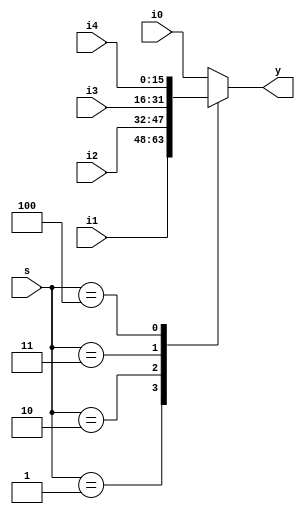
module mux16_8to1(
	input [15:0] i4, i3, i2, i1, i0,
	input [2:0] s,
	output reg [15:0] y
);

	always @(*)
	begin
	
		case (s)
			3'b001 	: y = i1;
			3'b010 	: y = i2;
			3'b011 	: y = i3;
			3'b100 	: y = i4;
			default 	: y = i0;
		endcase
	end
	
endmodule